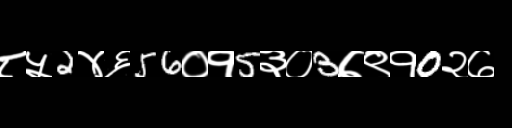
Text: ८५2४६56०१5३०3७९१0२७